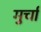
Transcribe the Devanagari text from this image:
मुर्चा